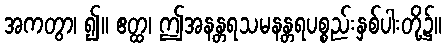
အကတွာ၊ ၍။ ဧတ္ထ၊ ဤအနန္တရသမနန္တရပစ္စည်းနှစ်ပါးတို့၌။